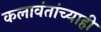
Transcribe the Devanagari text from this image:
कलावंतांच्याही